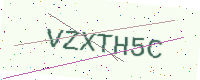
Text: VZXTH5C